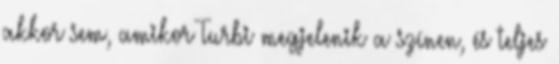
akkor sem, amikor Turbi megjelenik a színen, és teljes